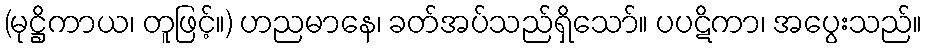
(မုဋ္ဌိကာယ၊ တူဖြင့်။) ဟညမာနေ၊ ခတ်အပ်သည်ရှိသော်။ ပပဋိကာ၊ အပွေးသည်။